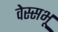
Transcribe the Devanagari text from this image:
वेस्सभू